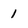
Character: 1